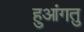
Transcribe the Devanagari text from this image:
हुआंगतु